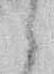
候